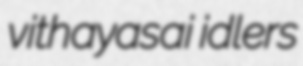
vithayasai idlers